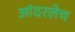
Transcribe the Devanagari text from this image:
आंदरलेच